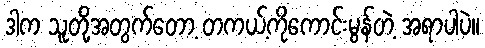
ဒါက သူတို့အတွက်တော့ တကယ့်ကိုကောင်းမွန်တဲ့ အရာပါပဲ။